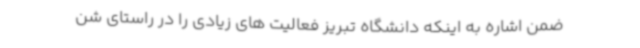
ضمن اشاره به اینکه دانشگاه تبریز فعالیت های زیادی را در راستای شن